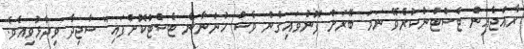
ރާއްޖެއިން ޓެސްޓްނުކުރެވޭ ނަމަ ބޭރަށް ފޮނުވައިގެން ވެސް ހުންނާނެ ޓެސްޓްކޮށްފައި" ސާޖިދާ ވިދާޅުވިއެވެ.